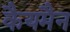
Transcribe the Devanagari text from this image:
कैयमैन